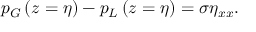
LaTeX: p _ { G } \left( z = \eta \right) - p _ { L } \left( z = \eta \right) = \sigma \eta _ { x x } .